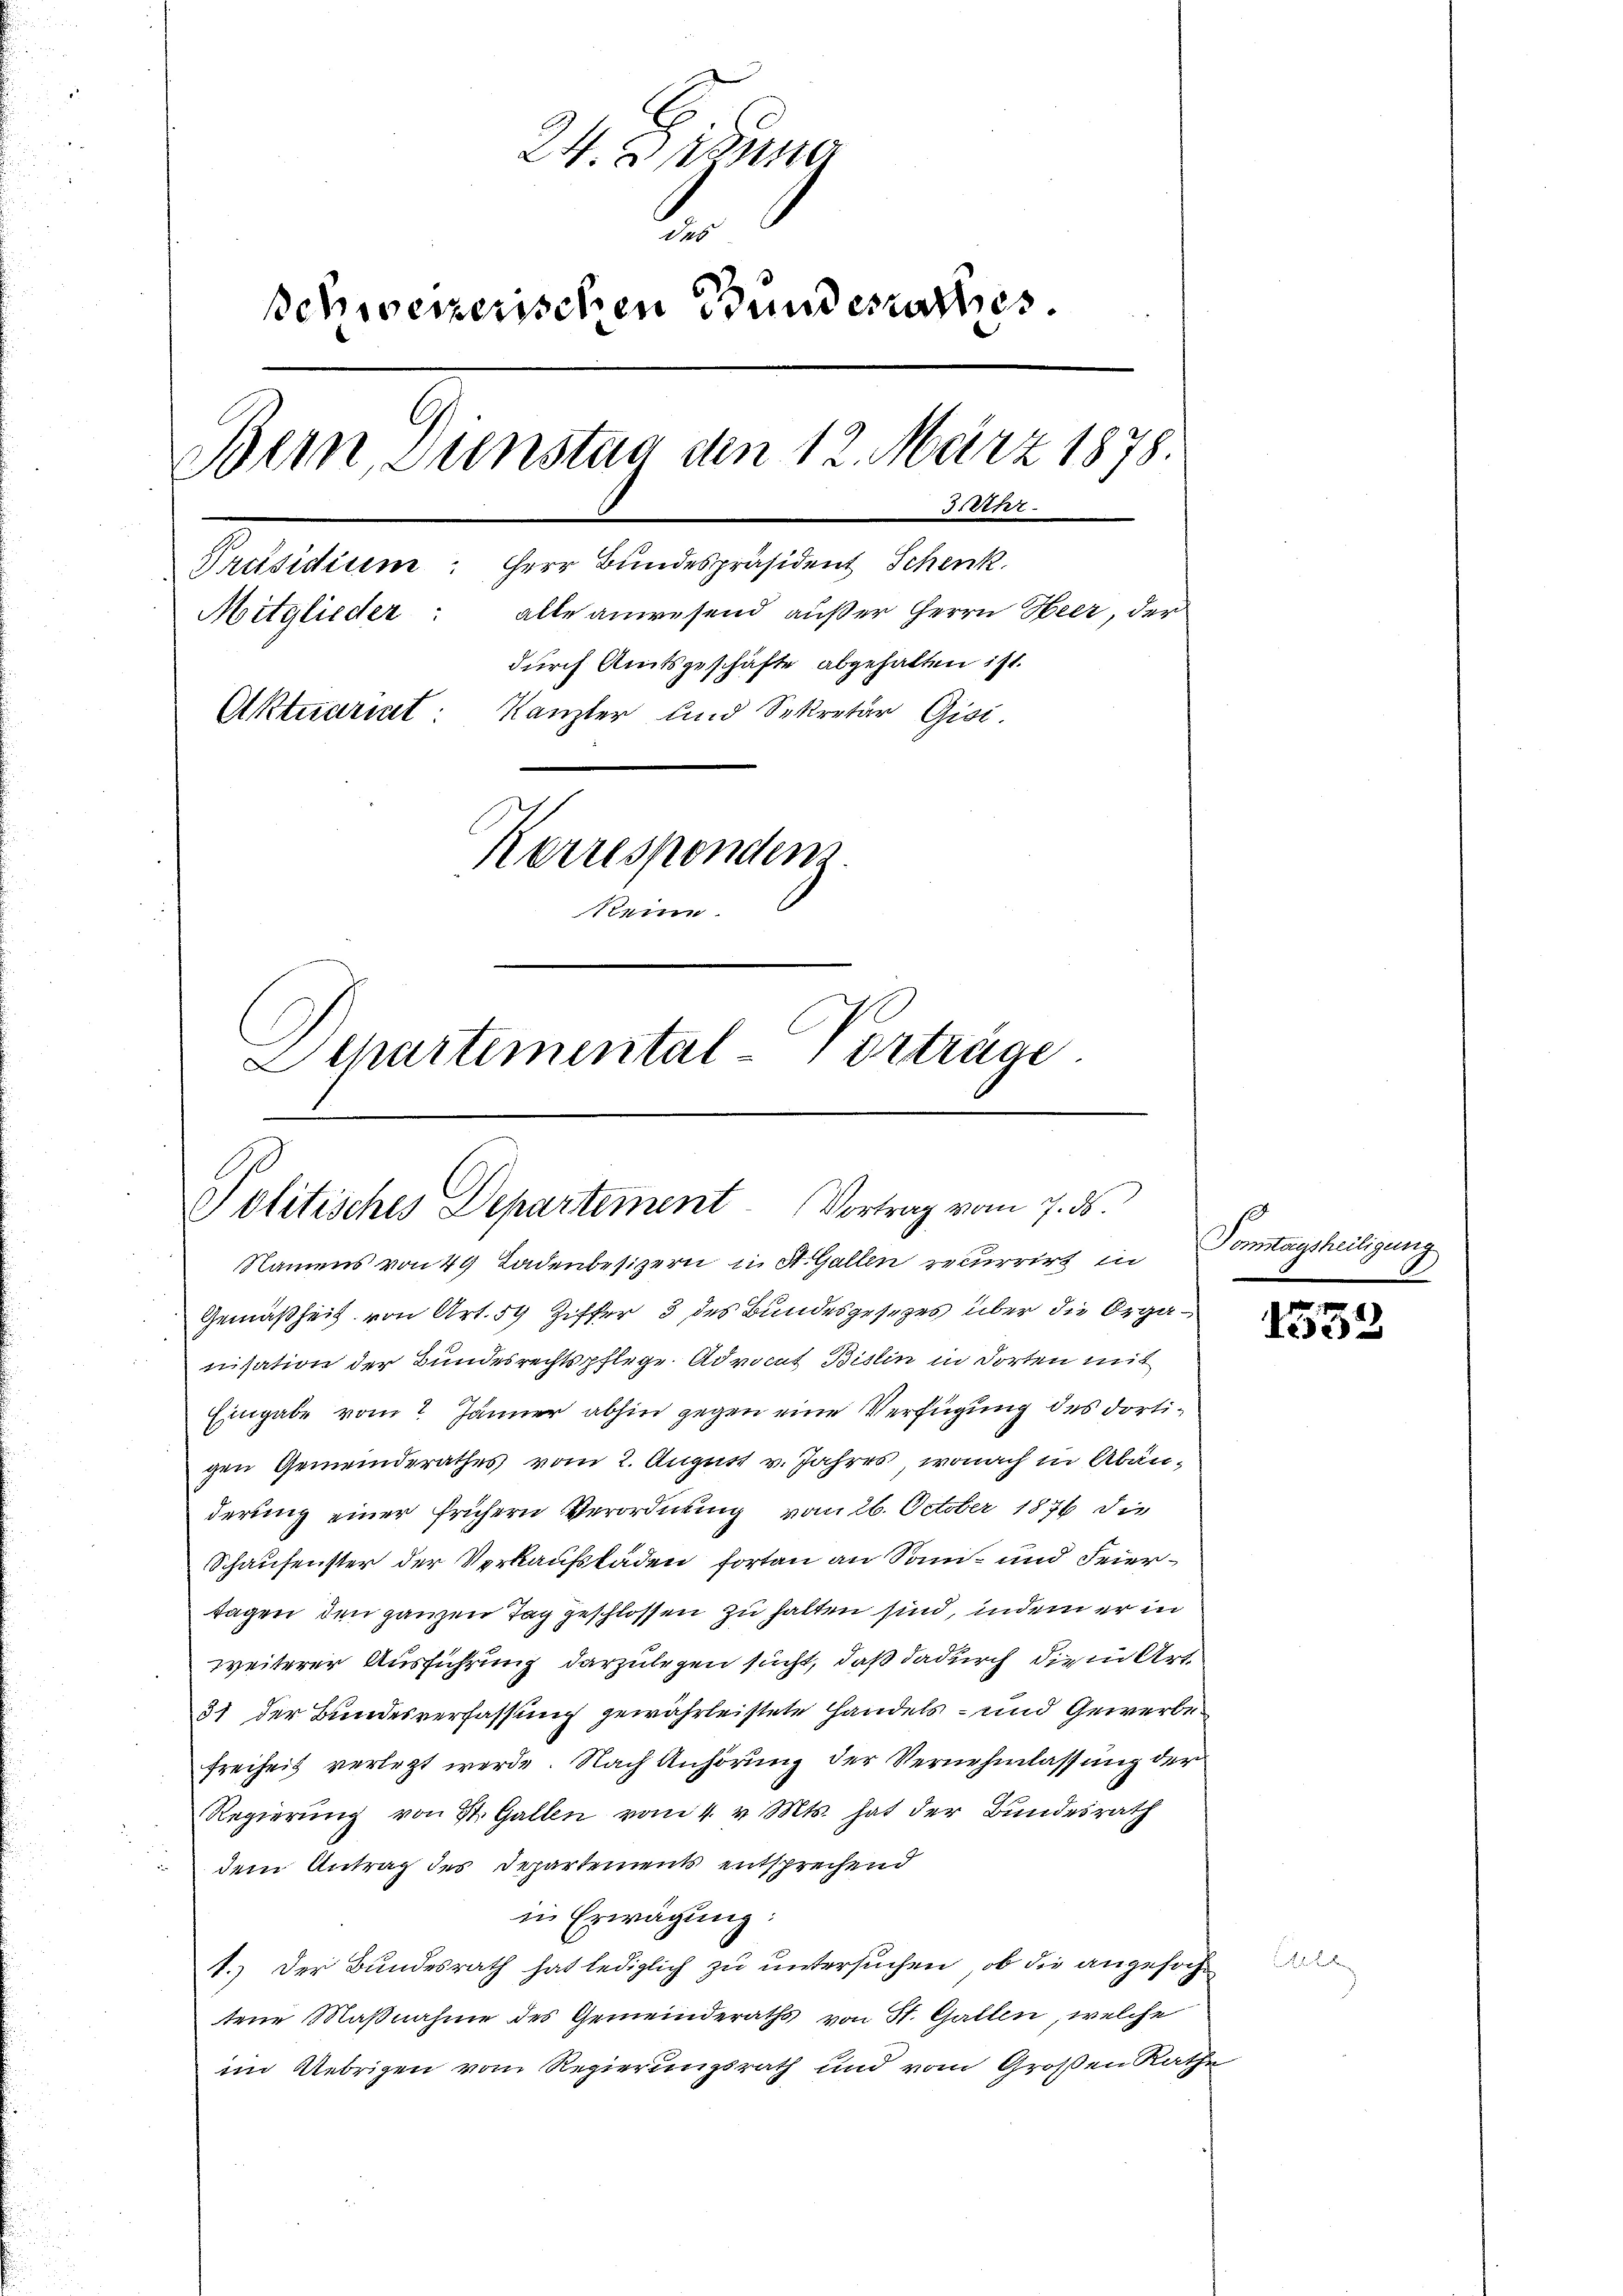
24. Diene
2
schweizerischen Bundesrathes
Bern, Sienstag den 12. März 1878.
JUhr.
Präsidiren: Herr Bundespräsident Schenk
alle anwesend außer Herrn Heer, der
Mitglieder:
durch Amtsgeschäfte abgehalten ist.
Aktuariat Kanzler und Sekretär Gisi
Korrespendens
Keine
Schartemental-Vorträge

Politisches Departement. Vortrag vom 7. ds.
Namens von 49 Ladenbesizern in St. Gallen zeurrirt in

Gemäßheit von Art. 59 Ziffer 3 des Bundesgesezes über die Organisation der Bundesrechtspflege Advocat Bislin in dorten mit
Eingabe vom 2. Jänner abhin gegen eine Verfügung des dortigen Gemeinderathes vom 2. August v. Jahres, wonach in Abänderung einer frühern Verordnung vom 26. October 1876 die
Schaufenster der Verkaufsbaden fortan an Sonn- und Feiertagen den ganzen Tag geschlossen zu halten sind, indem er in
weiterer Ausführung darzulegen sucht, daß dadurch die in Arr
31 der Bundesverfassung gewährleistete Handels- und Gewerbe
Freiheit verletzt werde. Nach Anhörung der Vernehmlassung der
Regierung von St. Gallen vom 4. v. Mts. hat der Bundesrath
dem Antrag des Departements entsprechend
in Erwägŭng:
1.) Der Bundesrath hat lediglich zu untersuchen, ob die angefochtene Maßnahme des Gemeinderaths von St. Gallen, welche
im Uebrigen vom Regierungsrath und vom Großen Rathe

Tomstagsheiligung

1532